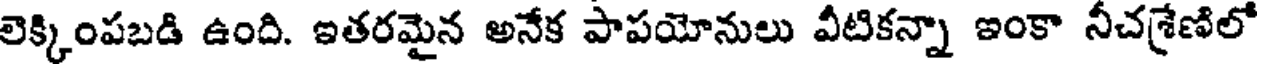
లెక్కింపబడి ఉంది. ఇతరమైన అనేక పాపయోనులు వీటికన్నా ఇంకా నీచశ్రేణిలో